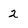
Character: 2